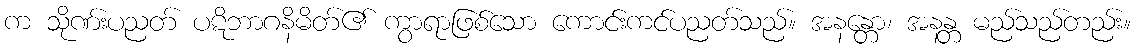
က သိုဏ်းပညတ် ပဋိဘာဂနိမိတ်၏ ကွာရာဖြစ်သော ကောင်းကင်ပညတ်သည်။ အနန္တော၊ အနန္တ မည်သည်တည်း။